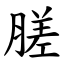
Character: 䐤